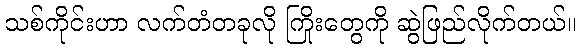
သစ်ကိုင်းဟာ လက်တံတခုလို ကြိုးတွေကို ဆွဲဖြည်လိုက်တယ်။